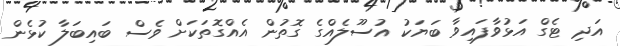
އަދި ޓެގް އަޅުވާފައިވާ ބަޔަކު އުސޫލެއްގެ ގޮތުން އެއްގޮތަކަށް ވެސް ބައިބަލާ ކުޅެން